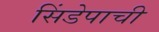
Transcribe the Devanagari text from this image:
सिंडेपाची